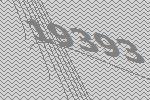
19393